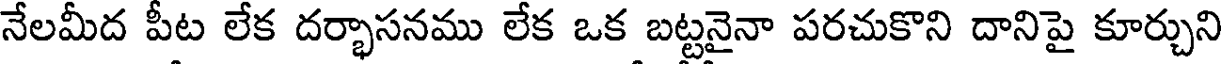
నేలమీద పీట లేక దర్భాసనము లేక ఒక బట్టనైనా పరచుకొని దానిపై కూర్చుని